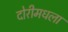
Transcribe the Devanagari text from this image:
दोरीमधला